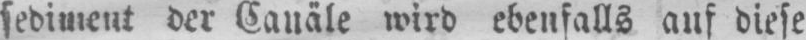
sediment der Canäle wird ebenfalls auf diese